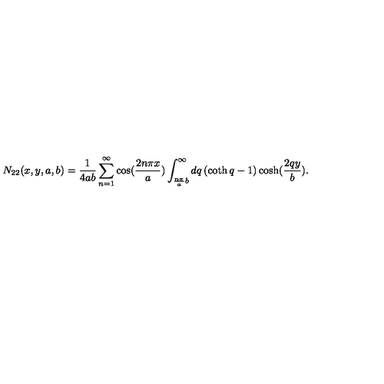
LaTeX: N _ { 2 2 } ( x , y , a , b ) = \frac { 1 } { 4 a b } \sum _ { n = 1 } ^ { \infty } \cos ( \frac { 2 n \pi x } { a } ) \int _ { \frac { n \pi } { a } b } ^ { \infty } d q \left( \coth q - 1 \right) \cosh ( \frac { 2 q y } { b } ) .